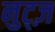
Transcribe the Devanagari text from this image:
नुट्ज़